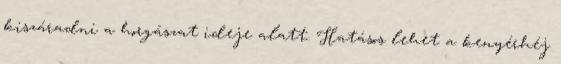
kiszáradni a horgászat ideje alatt. Hatásos lehet a kenyérhéj